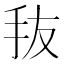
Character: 𰓃